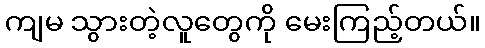
ကျမ သွားတဲ့လူတွေကို မေးကြည့်တယ်။